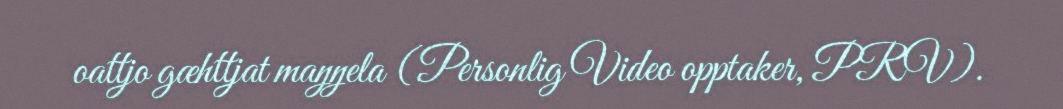
oattjo gæhttjat maŋŋela (Personlig Video opptaker, PRV).